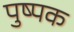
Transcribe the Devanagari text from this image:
पुष्‍पक